Report of the Indian Hemp Drugs Commission, 1894-1895 - Volume III
Year: 1894
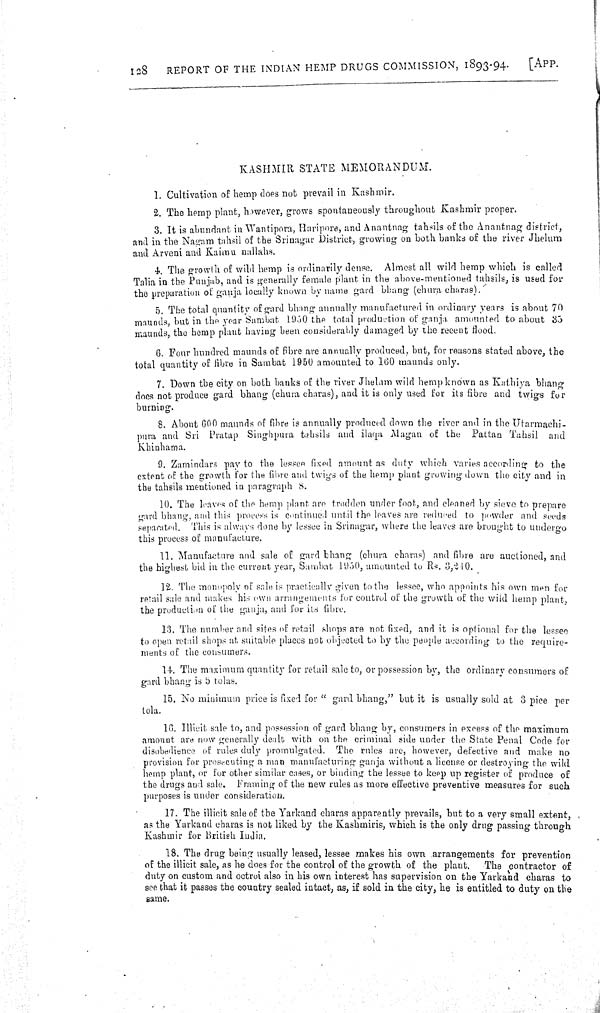
128 REPORT OF THE INDIAN HEMP DRUGS COMMISSION, 1893-94.
[APP.
KASHMIR STATE MEMORANDUM.
1. Cultivation of hemp does not prevail in Kashmir.
2. The hemp plant, however, grows spontaneously throughout Kashmir proper.
3. It is abundant in Wantipora, Haripore, and Anantnag tahsils of the Anantnag district,
and in the Nagam tahsil of the Srinagar District, growing on both banks of the river Jhelum
and Arveni and Kaimu nallahs.
4. The growth of wild hemp is ordinarily dense. Almost all wild hemp which is called
Talia in the Punjab, and is generally female plant in the above-mentioned tahsils, is used for
the preparation of ganja locally known by name gard bhang (chura charas).
5. The total quantity of gard bhang annually manufactured in ordinary years is about 70
maunds, but in the year Sambat 1950 the total production of ganja amounted to about 35
maunds, the hemp plant having been considerably damaged by the recent flood.
6. Four hundred maunds of fibre are annually produced, but, for reasons stated above, the
total quantity of fibre in Sambat 1950 amounted to 160 maunds only.
7. Down the city on both banks of the river Jhelam wild hemp known as Kathiya bhang
does not produce gard bhang (chura charas), and it is only used for its fibre and twigs for
burning.
8. About 600 maunds of fibre is annually produced down the river and in the Utarmachi-
pura and Sri Pratap Singhpura tahsils and ilaqa Magan of the Pattan Tahsil and
Khinhama.
9. Zamindars pay to the lessee fixed amount as duty which varies according to the
extent of the growth for the fibre and twigs of the hemp plant growing down the city and in
the tahsils mentioned in paragraph 8.
10. The leaves of the hemp plant are trodden under foot, and cleaned by sieve to prepare
gard bhang, and this process is continued until the leaves are reduced to powder and seeds
separated. This is always done by lessee in Srinagar, where the leaves are brought to undergo
this process of manufacture.
11. Manufacture and sale of gard bhang (chura charas) and fibre are auctioned, and
the highest bid in the current year, Sambat 1950, amounted to Rs. 3,240.
12. The monopoly of sale is practically given to the lessee, who appoints his own men for
retail sale and makes his own arrangements for control of the growth of the wild hemp plant,
the production of the ganja, and for its fibre.
13. The number and sites of retail shops are not fixed, and it is optional for the lessee
to open retail shops at suitable places not objected to by the people according to the require-
ments of the consumers.
14. The maximum quantity for retail sale to, or possession by, the ordinary consumers of
gard bhang is 5 tolas.
15. No minimum price is fixed for " gard bhang," but it is usually sold at 3 pice per
tola.
16. Illicit sale to, and possession of gard bhang by, consumers in excess of the maximum
amount are now generally dealt with on the criminal side under the State Penal Code for
disobedience of rules duly promulgated. The rules are, however, defective and make no
provision for prosecuting a man manufacturing ganja without a license or destroying the wild
hemp plant, or for other similar cases, or binding the lessee to keep up register of produce of
the drugs and sale. Framing of the new rules as more effective preventive measures for such
purposes is under consideration.
17. The illicit sale of the Yarkand charas apparently prevails, but to a very small extent,
as the Yarkand charas is not liked by the Kashmiris, which is the only drug passing through
Kashmir for British India.
18. The drug being usually leased, lessee makes his own arrangements for prevention
of the illicit sale, as he does for the control of the growth of the plant.
The contractor of
duty on custom and octroi also in his own interest has supervision on the Yarkand charas to
see that it passes the country sealed intact, as, if sold in the city, he is entitled to duty on the
same.